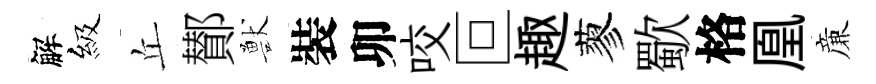
解級丘鄼獸裝卯咬叵趣蓼歜格凰亷